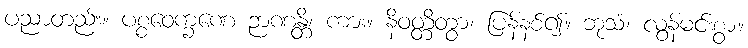
ပညာတည်း။ ပစ္စဝေက္ခဏေ ဉာဏန္တိ၊ ကား။ နိဝတ္တိတွာ၊ ပြန်နစ်၍။ ဘုသံ၊ လွန်မင်းစွာ။